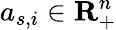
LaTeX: a_{s,i}\in\mathbf{R}_{+}^{n}